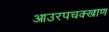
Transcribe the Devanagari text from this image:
आउरपचक्खाण